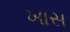
ખાસ